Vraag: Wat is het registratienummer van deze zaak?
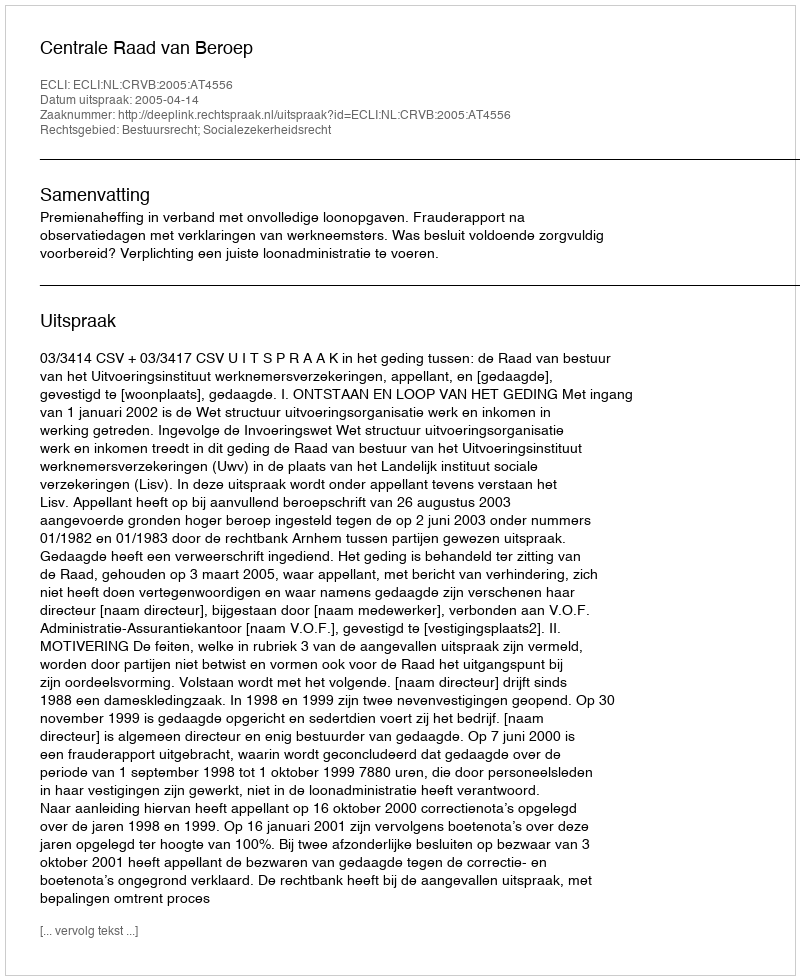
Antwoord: http://deeplink.rechtspraak.nl/uitspraak?id=ECLI:NL:CRVB:2005:AT4556